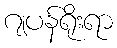
ဂျပန်ရိုးရာ